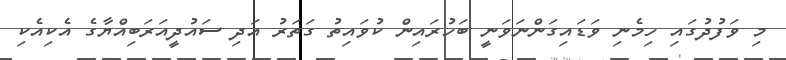
މި ވަފުދުގައި ހިމެނި ވަޑައިގަންނަވަނީ ބަހުރައިން ކުވައިތު ގަތަރު އަދި ސައުދީއަރަބިއްޔާގެ އެކިއެކި